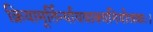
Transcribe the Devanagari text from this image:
क्रियामूर्तिर्न्यायवाक्यनियोजकः।